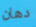
دهان